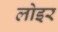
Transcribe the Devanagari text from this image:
लोइर